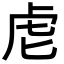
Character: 䖈